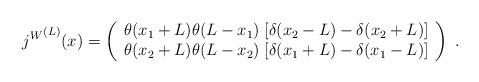
LaTeX: \begin{align*}{j^W}^{(L)}(x) = \left( \begin{array}{l}\theta(x_1 + L) \theta(L-x_1) \; [\delta(x_2 - L) - \delta(x_2 + L) ] \\\theta(x_2 + L) \theta(L-x_2) \; [\delta(x_1 + L) - \delta(x_1 - L) ]\end{array} \right) \; .\end{align*}